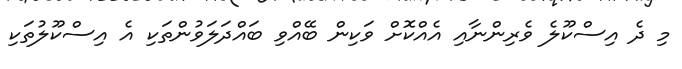
މި ދެ އިސްކޫލެ ވެރިންނާއި އެއްކޮށް ވަކިން ބޭއްވި ބައްދަލަވުންތަކި އެ އިސްކޫލުތަކި